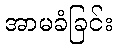
အာမခံခြင်း